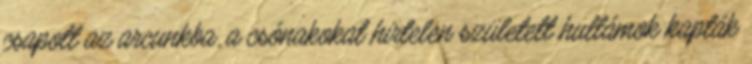
csapott az arcunkba. a csónakokat hirtelen született hullámok kapták